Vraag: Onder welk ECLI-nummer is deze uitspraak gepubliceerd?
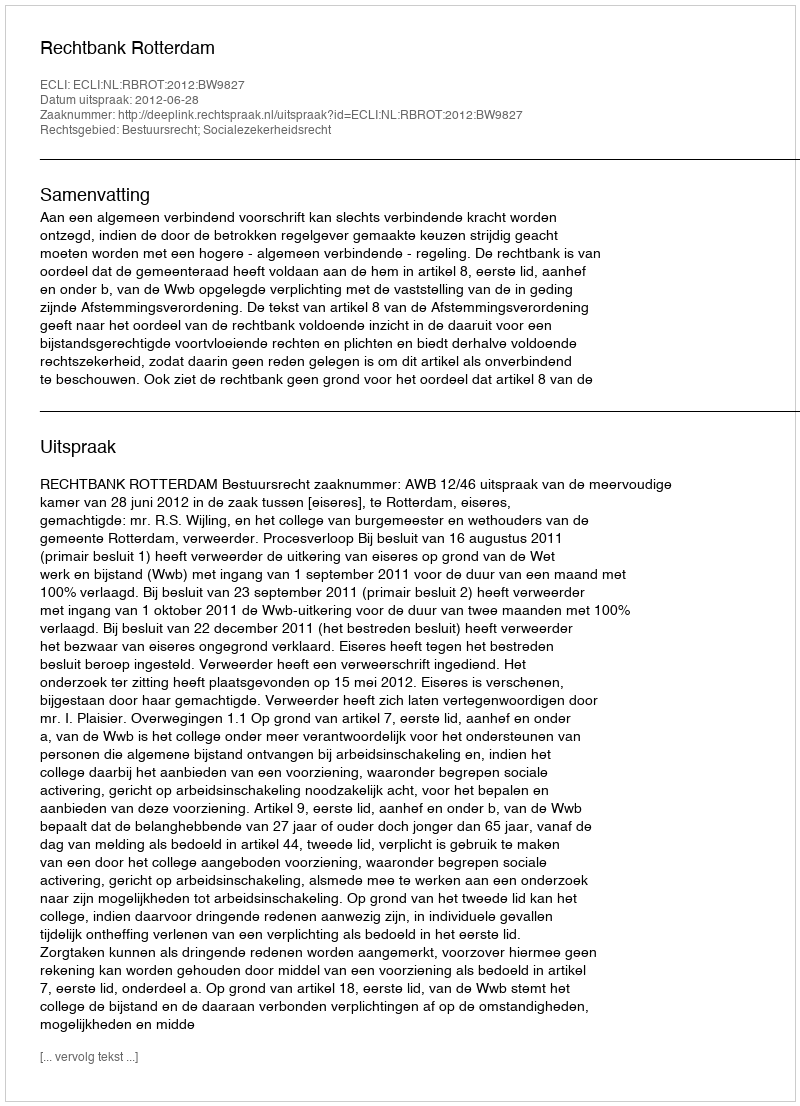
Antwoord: ECLI:NL:RBROT:2012:BW9827